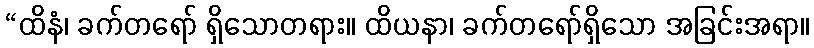
“ထိနံ၊ ခက်တရော် ရှိသောတရား။ ထိယနာ၊ ခက်တရော်ရှိသော အခြင်းအရာ။